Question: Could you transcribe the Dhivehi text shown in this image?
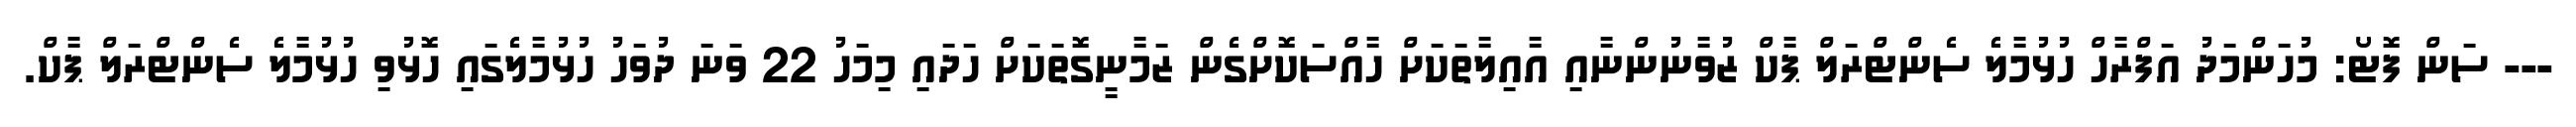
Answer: --- ސަން ފޮޓޯ: މުހަންމަދު އަފްރާހް ހުޅުމާލެ ސެންޓްރަލް ޕާކް ޒުވާނުންނާއި އާއިލާތަކަށް ހާއްސަކޮށްގެން ޒަމާނީގޮތަކަށް ހަދައި މިމަހު 22 ވަނަ ދުވަހު ހުޅުމާލެގައި ހޮޅުވި ހުޅުމާލެ ސެންޓްރަލް ޕާކް.